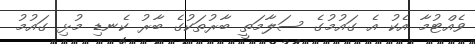
ވެއްޓުމާ އެކު އެ ގައުމުގެ ސަލާމަތީ ބާރުތަކުގެ ބާރު ކެނޑި މުޅި ގައުމު